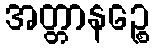
အတ္တာနဉ္စေ